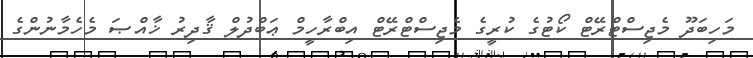
މަހިބަދޫ މެޖިސްޓްރޭޓް ކޯޓުގެ ކުރީގެ މެޖިސްޓްރޭޓް އިބްރާހީމް ޢަބްދުލް ޤާދިރު ޚާއްޞަ މެހެމާނުންގެ